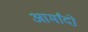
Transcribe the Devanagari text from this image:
आर्मांदो